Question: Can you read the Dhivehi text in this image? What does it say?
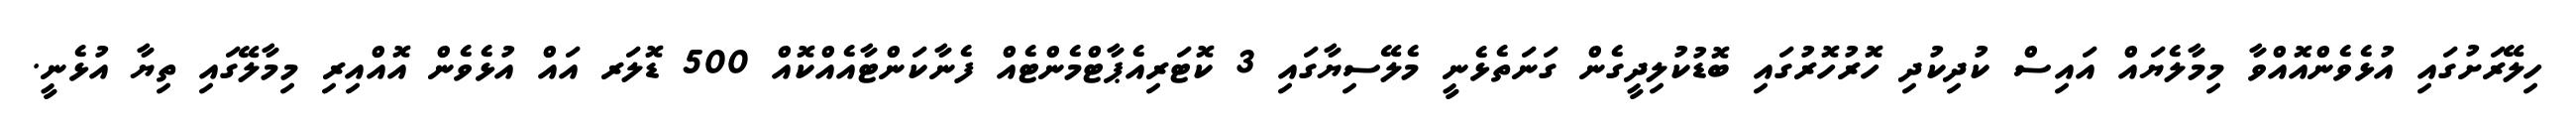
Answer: ހިލޭރަށުގައި އުޅެވެންއޮއްވާ މިމާލެޔައް އައިސް ކުދިކުދި ހޮރުހޮރުގައި ބޮޑުކުލިދީގެން ގަނަތެޅެނީ މެލޭސިޔާގައި 3 ކޮޓަރިއެޕާޓްމެންޓެއް ފެނާކަންޓާއެއްކޮއް 500 ޑޮލަރ އައް އުޅެވެން އޮއްއިރި މިމާލޭގައި ތިޔާ އުޅެނީ.